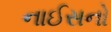
નાઈસનો